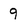
Character: 9